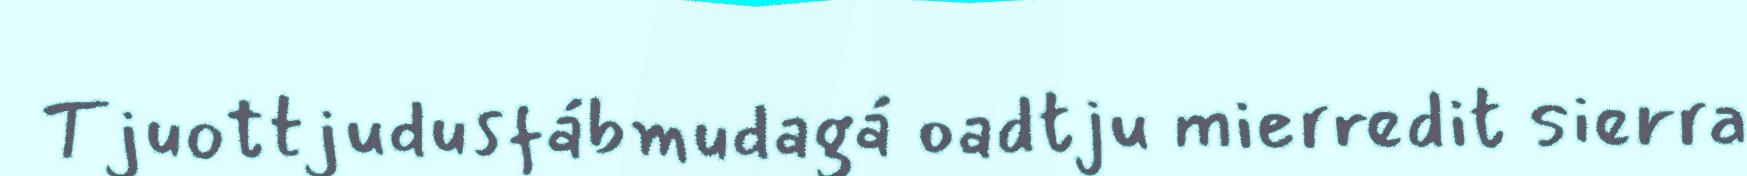
Tjuottjudusfábmudagá oadtju mierredit sierra